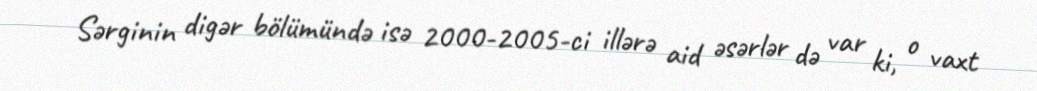
Sərginin digər bölümündə isə 2000-2005-ci illərə aid əsərlər də var ki, o vaxt